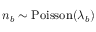
n _ { b } \sim \mathrm { P o i s s o n } ( \lambda _ { b } )